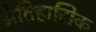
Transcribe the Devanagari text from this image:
अैतिहासिक